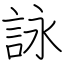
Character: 詠